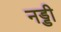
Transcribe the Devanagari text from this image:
नड्डी